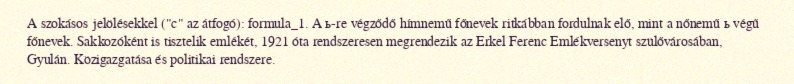
A szokásos jelölésekkel ("c" az átfogó): formula_1. A ь-re végződő hímnemű főnevek ritkábban fordulnak elő, mint a nőnemű ь végű főnevek. Sakkozóként is tisztelik emlékét, 1921 óta rendszeresen megrendezik az Erkel Ferenc Emlékversenyt szülővárosában, Gyulán. Közigazgatása és politikai rendszere.